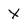
Character: X